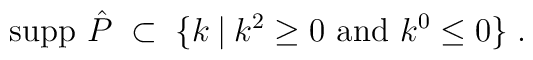
{\mbox{supp }} \hat{P} \;\subset\; \{ k \:|\: k^2 \geq 0 {\mbox{ and }}k^0 \leq 0 \} \;.